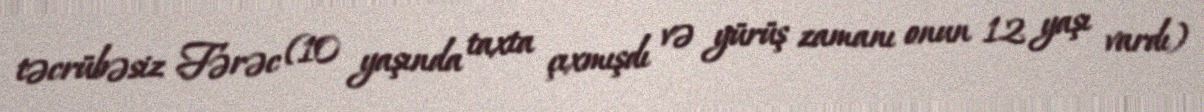
təcrübəsiz Fərəc (10 yaşında taxta çıxmışdı və yürüş zamanı onun 12 yaşı vardı)